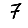
Digit: 7